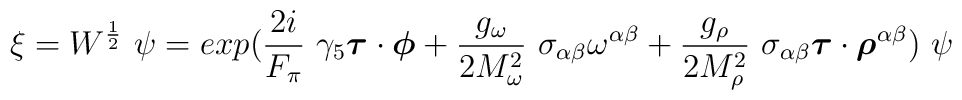
\xi=W^{\frac{1}{2}}~\psi =exp(\frac{2i}{F_\pi}~\gamma_5 \mbox{\boldmath$\tau$} \cdot \mbox{\boldmath$\phi$} + \frac{g_\omega}{2M_\omega^2}~\sigma_{\alpha\beta} \omega^{\alpha\beta} +\frac{g_\rho}{2M_\rho^2}~\sigma_{\alpha\beta} \mbox{\boldmath$\tau$} \cdot \mbox{\boldmath$\rho$}^{\alpha\beta})~\psi